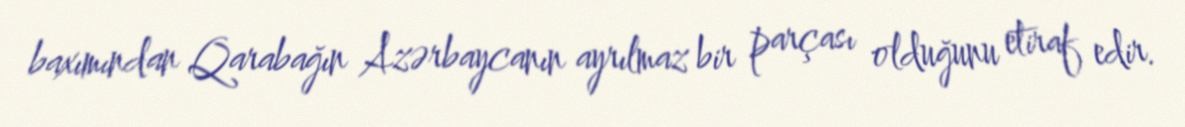
baxımından Qarabağın Azərbaycanın ayrılmaz bir parçası olduğunu etiraf edir.